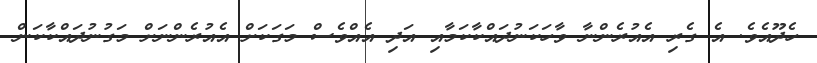
ހެދޫއެވެ. އެ ގެރި އެއުރެންނާ ވާހަކަނުދައްކާކަމާއި އަދި އެއްވެސް މަގަކަށް އެއުރެންނަށް މަގުނުދައްކާކަން